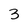
Character: 3